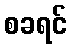
စခရင်